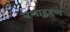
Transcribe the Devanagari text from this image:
बलाद्ग्रहण